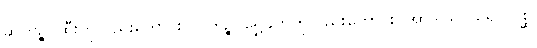
ဆတ္တဉ္စ၊ ထီးကိုလည်းကောင်း။ ပါတဉ္စ၊ ရွှေခွက်ကိုလည်းကောင်း။ အာဒါယ၊ ယူ၍။ ဂစ္ဆ၊